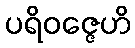
ပရိဝဇ္ဇေဟိ